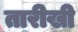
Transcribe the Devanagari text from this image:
तारीखी